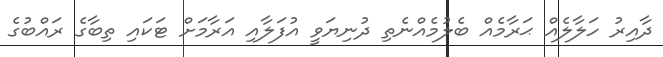
ދާއިރު ހަލާލެއް ޙަރާމެއް ބެލުމެއްނެތި ދުނިޔަވީ އުފަލާއި އަރާމަށް ޓަކައި ތިބާގެ ރައްބުގެ